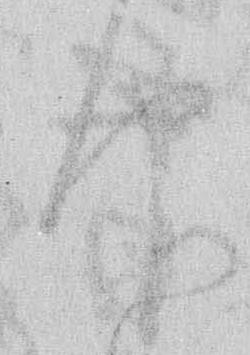
仰